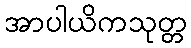
အာပါယိကသုတ္တ